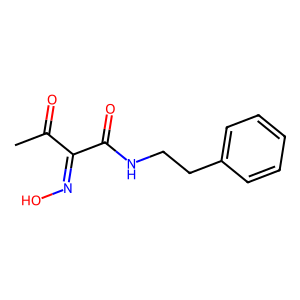
SMILES: CC(=O)C(=NO)C(=O)NCCc1ccccc1
Inhibits HIV replication: No